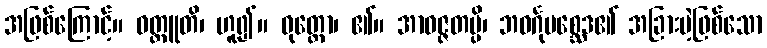
အဖြစ်ကြောင့်။ ဝတ္ထူတိ၊ ဟူ၍။ ဝုတ္တော၊ ၏။ အာဝဇ္ဇတမ္ပိ၊ ဘဝင်္ဂုပစ္ဆေဒ၏ အခြားမဲ့ဖြစ်သော